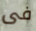
فى